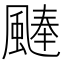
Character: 𩗴